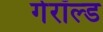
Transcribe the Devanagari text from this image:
गेरॉल्ड